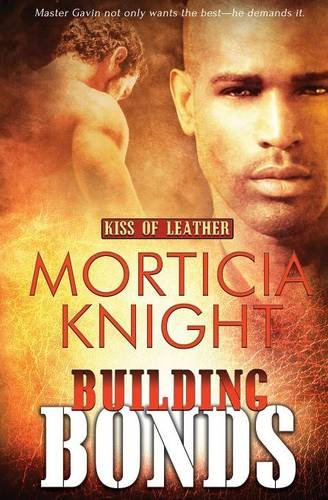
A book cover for Building Bonds (Kiss of Leather) (Volume 1); Morticia Knight; Romance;